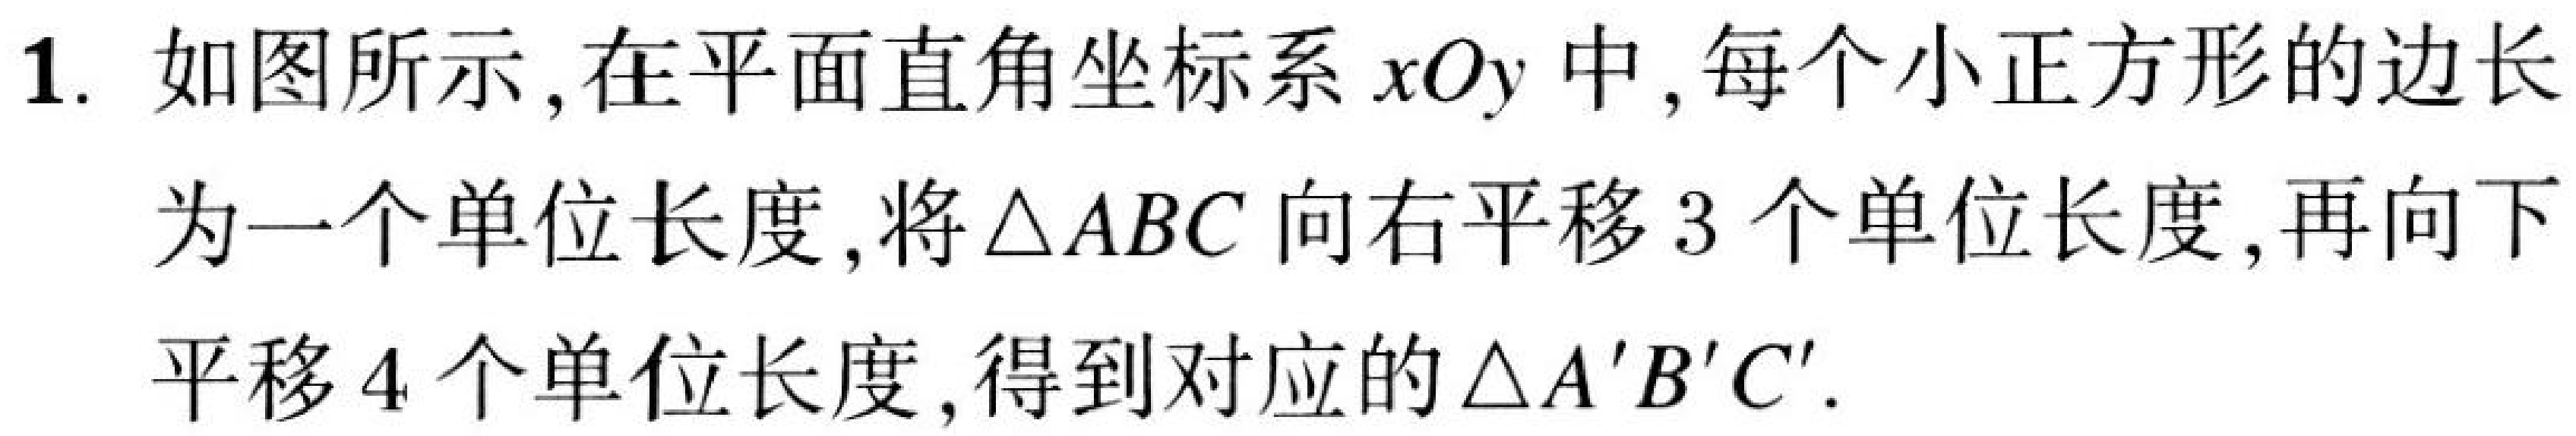
1. 如图所示,在平面直角坐标系\(xOy\)中,每个小正方形的边长为一个单位长度,将\(\triangle ABC\)向右平移\(3\)个单位长度,再向下平移\(4\)个单位长度,得到对应的\(\triangle A'B'C'\).